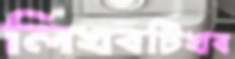
লিখবটিখব